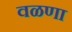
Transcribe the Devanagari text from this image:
वळणा